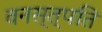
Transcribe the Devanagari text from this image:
वनस्त्पति